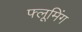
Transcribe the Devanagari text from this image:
फ्लूमिंग